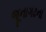
જૂનાગઢના